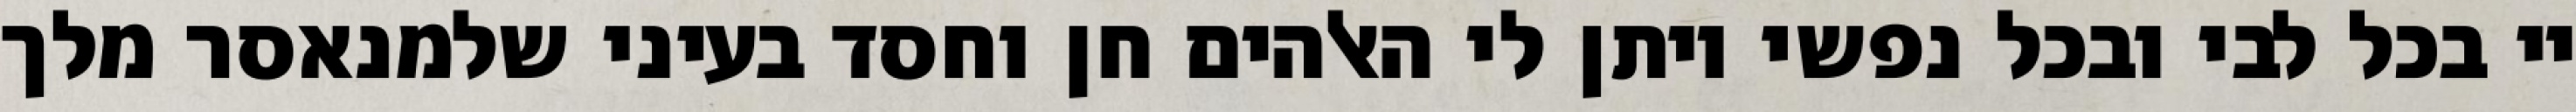
יי בכל לבי ובכל נפשי ויתן לי האלהים חן וחסד בעיני שלמנאסר מלך